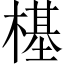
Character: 樭